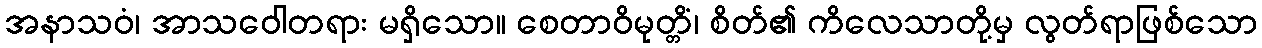
အနာသဝံ၊ အာသဝေါတရား မရှိသော။ စေတာဝိမုတ္တိံ၊ စိတ်၏ ကိလေသာတို့မှ လွတ်ရာဖြစ်သော